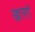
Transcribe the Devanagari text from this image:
खलो